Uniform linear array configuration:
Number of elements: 48
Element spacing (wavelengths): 0.25
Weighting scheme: binomial
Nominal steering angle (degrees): -30
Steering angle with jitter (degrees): -30.777
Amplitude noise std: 0.05
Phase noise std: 0.05

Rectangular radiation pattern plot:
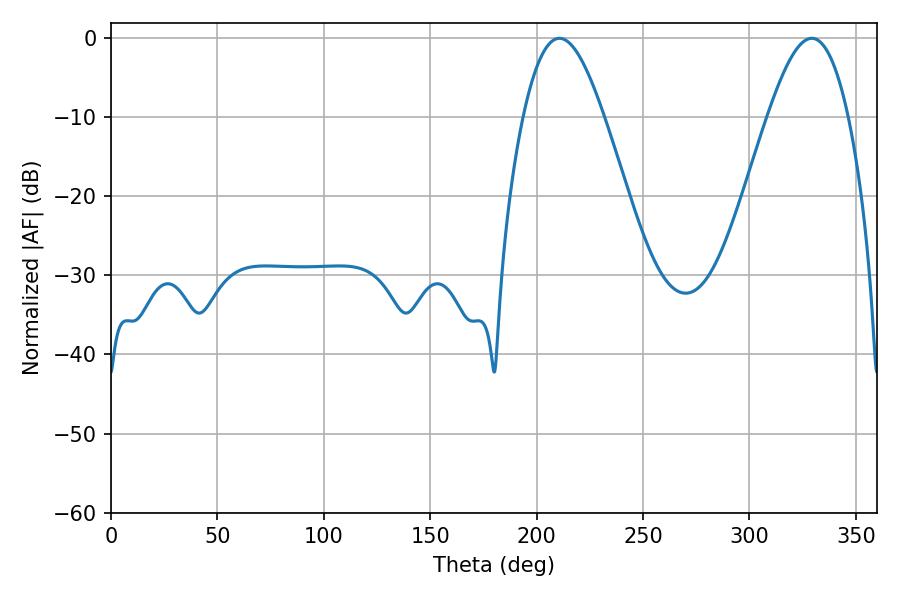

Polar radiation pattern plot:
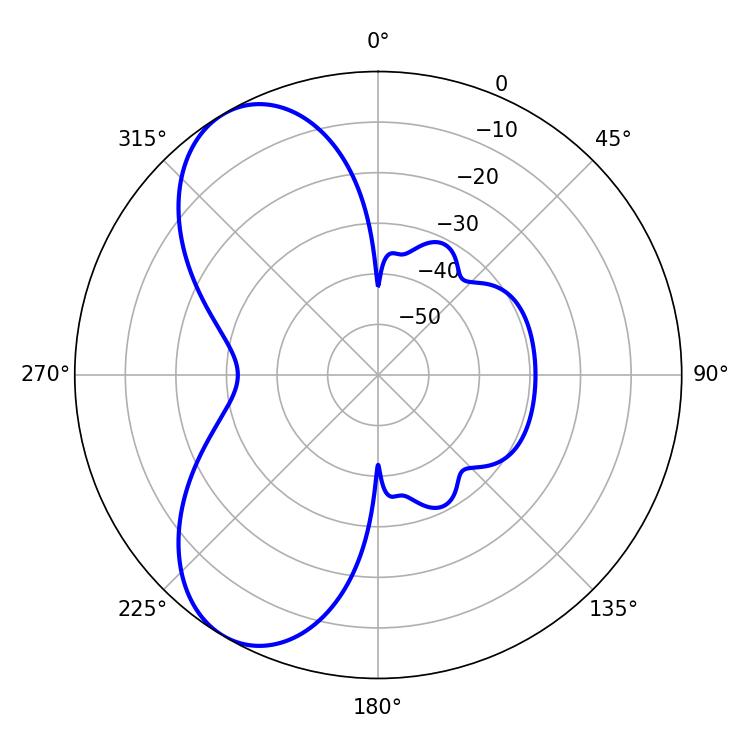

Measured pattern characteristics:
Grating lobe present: FALSE
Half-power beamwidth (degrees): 20.52
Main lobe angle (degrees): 210.78